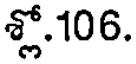
శ్లో.106.